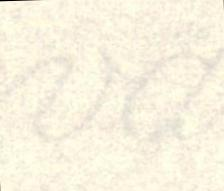
vä